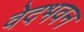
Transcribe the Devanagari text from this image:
वेदभवन